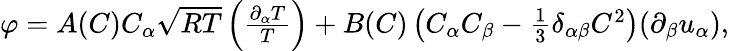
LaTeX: \begin{array}{r}{\varphi=A(C)C_{\alpha}\sqrt{RT}\left(\frac{\partial_{\alpha}T}{T}\right)+B(C)\left(C_{\alpha}C_{\beta}-\frac{1}{3}\delta_{\alpha\beta}C^{2}\right)(\partial_{\beta}u_{\alpha}),}\end{array}